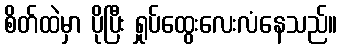
စိတ်ထဲမှာ ပိုပြီး ရှုပ်ထွေးလေးလံနေသည်။